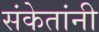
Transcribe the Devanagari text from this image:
संकेतांनी